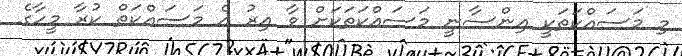
މި މަސައްކަތަކީ އިންސާނީ މަސައްކަތަކަށް ވާ އިރު އެ މަސައްކަތް ކުރާ މީހާގެ